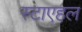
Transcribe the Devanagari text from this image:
स्टाएहल